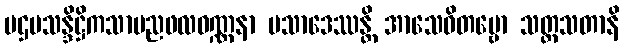
ပဌမသန္ဒိဋ္ဌိကသာမညဖလဝဏ္ဏနာ ပသာဒေဿန္တိ အာသေဝိတဗ္ဗော သတ္တသတာနိ